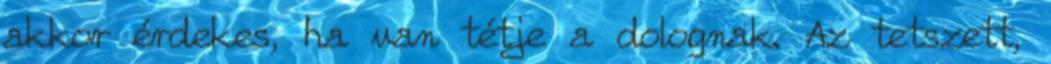
akkor érdekes, ha van tétje a dolognak. Az tetszett,